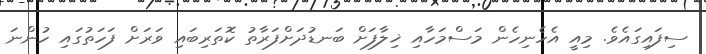
ސިފައިގައެވެ. މިއީ އެހެނިހެން މަސްމަހާއި ޚިލާފަށް ބަނޑުދަށްފަރާތު ކޮތަރިބައި ވަރަށް ފަހަތުގައި ހުންނަ